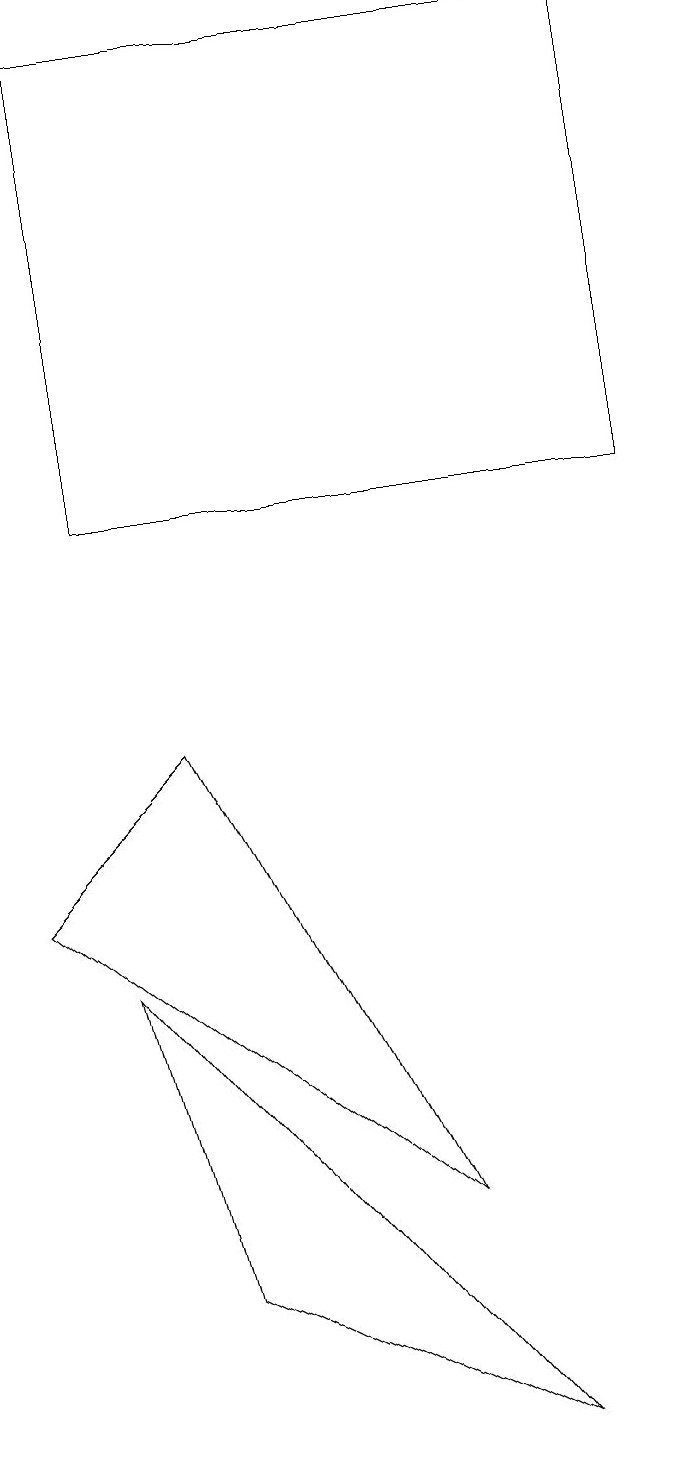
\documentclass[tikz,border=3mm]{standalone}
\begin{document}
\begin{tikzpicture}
\draw (1,6) -- (6,0) -- (2,2) -- cycle;
\draw (8,12) rectangle (1,18);
\draw (0,7) -- (5,3) -- (2,9) -- cycle;
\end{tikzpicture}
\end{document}